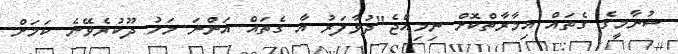
ސުނާމީގެ ގެތައް އިމާރާތްކޮށް ނިމިއްޖެ"ދުވާފަރު އާ ގެތައް އަންނަ މަހު ދޫކުރެވޭނެ ކަމަށް